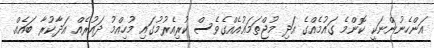
އަންހެނުންނަކީ ކޮންމެ ގައުމެއްގެ އަދި މުޖްތަމަޢުއެއްގެވެސް ކުރިއެރުމުގައި މުހިއްމު ދައުރެއް އަދާކުރާ ބައެއް.